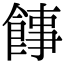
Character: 䭄